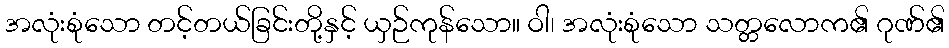
အလုံးစုံသော တင့်တယ်ခြင်းတို့နှင့် ယှဉ်ကုန်သော။ ဝါ၊ အလုံးစုံသော သတ္တလောက၏ ဂုဏ်၏